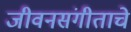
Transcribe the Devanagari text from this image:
जीवनसंगीताचे